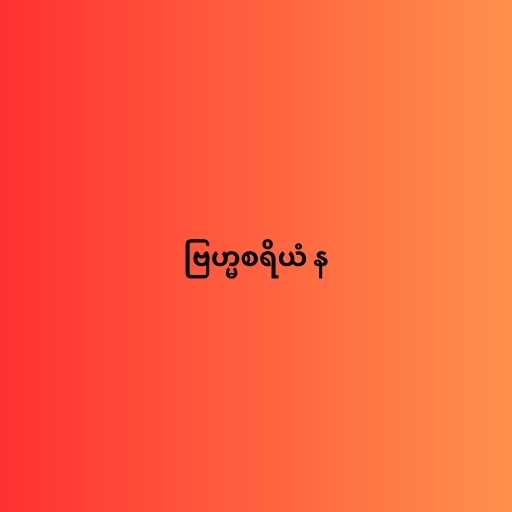
ဗြဟ္မစရိယံ န